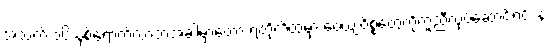
အသက် ၁၆ နှစ်ရောက်လာတဲ့အခါမှာတော့ ရဲတိုက်ထဲမှာ ဝေယျဝိစ္စတွေကိုကူညီလုပ်ဆောင်ရင်း နဲ့